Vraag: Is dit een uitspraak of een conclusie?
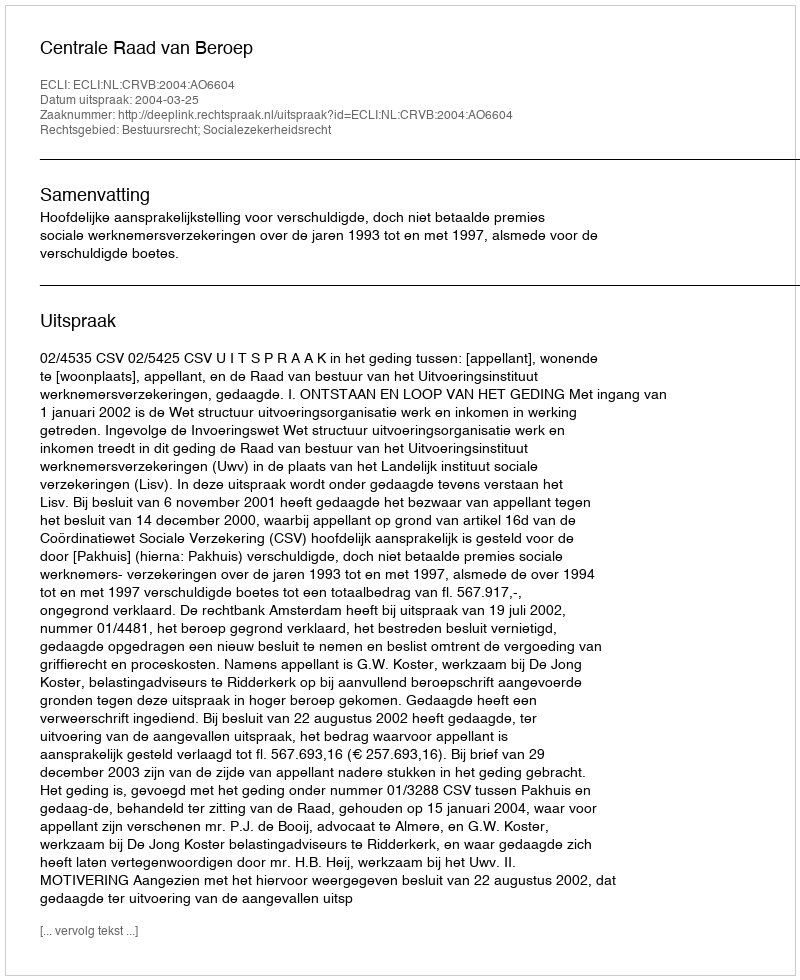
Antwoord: Uitspraak